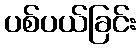
ပစ်ပယ်ခြင်း